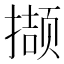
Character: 撷